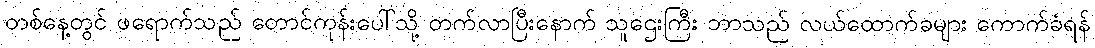
တစ်နေ့တွင် ဖရောက်သည် တောင်ကုန်းပေါ်သို့ တက်လာပြီးနောက် သူဌေးကြီး ဘာသည် လယ်ထောက်ခများ ကောက်ခံရန်